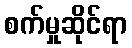
စက်မှုဆိုင်ရာ